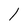
Character: 1